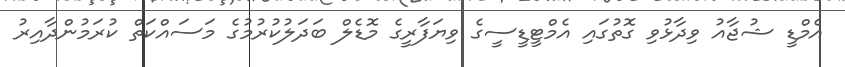
އެމްޑީ ޝުޖާއު ވިދާޅުވި ގޮތުގައި އެމްޓީޑީސީގެ ވިޔަފާރީގެ މޮޑެލް ބަދަލުކުރުމުގެ މަސައްކަތް ކުރަމުންދާއިރު